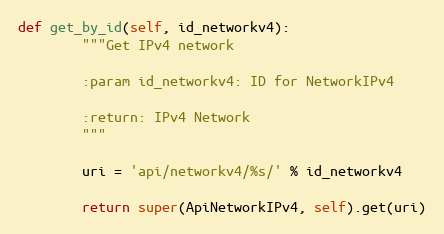
Language: Python
def get_by_id(self, id_networkv4):
        """Get IPv4 network

        :param id_networkv4: ID for NetworkIPv4

        :return: IPv4 Network
        """

        uri = 'api/networkv4/%s/' % id_networkv4

        return super(ApiNetworkIPv4, self).get(uri)